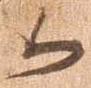
候